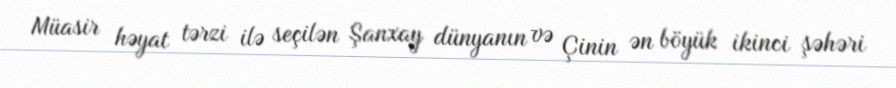
Müasir həyat tərzi ilə seçilən Şanxay dünyanın və Çinin ən böyük ikinci şəhəri